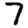
Digit: 7